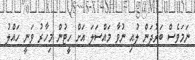
ނަމަވެސް ބަރުދަން ލުއި ނުވާ މައްސަލަ އަށް ހީޓުން މިހާރު ވަނީ ހައްލު